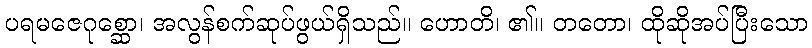
ပရမဇေဂုစ္ဆော၊ အလွန်စက်ဆုပ်ဖွယ်ရှိသည်။ ဟောတိ၊ ၏။ တတော၊ ထိုဆိုအပ်ပြီးသော